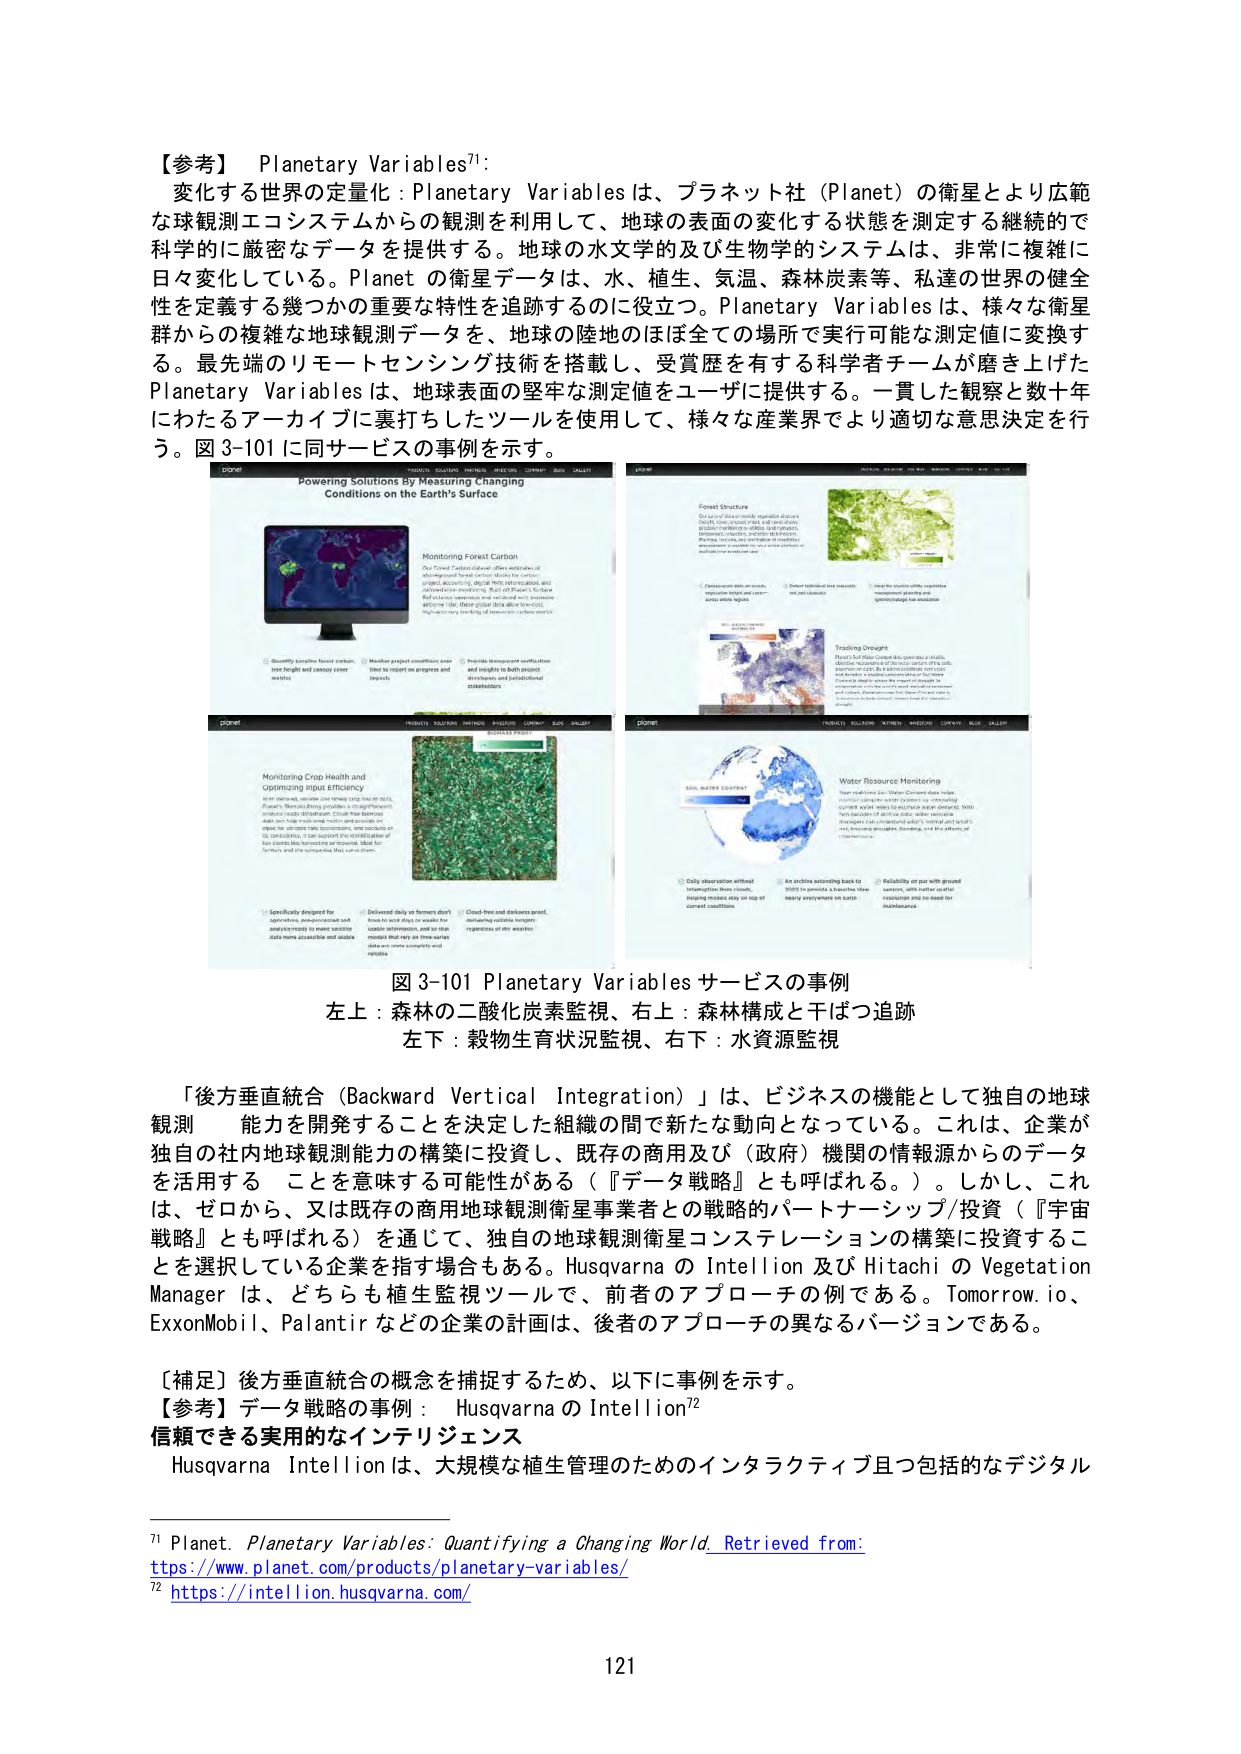
【参考】 Planetary Variables⁷¹:
変化する世界の定量化：Planetary Variables は、プラネット社（Planet）の衛星とより広範な球観測エコシステムからの観測を利用して、地球の表面の変化する状態を測定する継続的で科学的に厳密なデータを提供する。地球の水文学的及び生物学的システムは、非常に複雑に日々変化している。Planet の衛星データは、水、植生、気温、森林炭素等、私達の世界の健全性を定義する幾つかの重要な特性を追跡するのに役立つ。Planetary Variables は、様々な衛星群からの複雑な地球観測データを、地球の陸地のほぼ全ての場所で実行可能な測定値に変換する。最先端のリモートセンシング技術を搭載し、受賞歴を有する科学者チームが磨き上げた Planetary Variables は、地球表面の堅牢な測定値をユーザに提供する。一貫した観察と数十年にわたるアーカイブに裏打ちしたツールを使用して、様々な産業界でより適切な意思決定を行う。図 3-101 に同サービスの事例を示す。

planet
PRODUCTS SOLUTIONS PARTNERS INVESTORS COMPANY BLOG GALLERY
Powering Solutions By Measuring Changing Conditions on the Earth's Surface

Monitoring Forest Carbon
Our Forest Carbon dataset offers estimates of aboveground forest carbon stocks for entire project boundaries, derived from high-resolution, and automated monitoring. Part of Planet’s Global Biobalance initiative and validated with extensive ground data, these global data allow precise, high-accuracy tracking of forest carbon stocks.

Quantify baseline forest carbon
stock height and canopy cover
metrics
Monitor project conditions over
time to report on progress and
impacts
Provide transparent verification
and insights to both project
developers and jurisdictional
stakeholders

planet
PRODUCTS SOLUTIONS PARTNERS INVESTORS COMPANY BLOG GALLERY
Forest Structure
Our suite of data provides vegetation structure insights, including canopy height, leaf area index, proportion of canopy in shadow, and vegetation productivity. These data are useful for monitoring forest health, assessing carbon stocks, and understanding ecosystem dynamics.

Characterize sites on multiple
vegetation layers and cover
areas with canopy
Detect individual tree canopies
and tree chemistry
Identify species using vegetation
spectral signatures and
species-specific tree structure

planet
PRODUCTS SOLUTIONS PARTNERS INVESTORS COMPANY BLOG GALLERY
Monitoring Crop Health and Optimizing Input Efficiency
In an ideal world, agriculture would be precise, efficient, and sustainable. Planet’s Monitoring Crop Health and Optimizing Input Efficiency solution provides a straightforward, scalable, and cost-effective way to monitor crop health and optimize inputs. With data from Planet’s high-resolution satellite imagery, this solution can help farmers and agribusinesses make better decisions about planting, fertilizing, and harvesting.

Specifically designed for
agriculture, pre-processed and
analyzed imagery to make satellite
data more accessible and usable
Delivered daily or farmers don’t
have to wait days or weeks for
usable information, and so that
models that rely on time-series
data are more complete and
reliable
Cloud-free and dust-free,
delivering reliable insights
regardless of site weather

planet
PRODUCTS SOLUTIONS PARTNERS INVESTORS COMPANY BLOG GALLERY
Tracking Drought
Planet’s Soil Water Content data provides a reliable, objective measure of soil moisture across the globe. This data is useful for monitoring drought conditions, assessing crop stress, and understanding water availability. With this data, farmers, water managers, and policymakers can make better decisions about irrigation, water allocation, and drought response.

Water Resource Monitoring
Our Soil Water Content data helps monitor changes in water content for estimating current water availability and predicting future water availability. With this data, we can monitor droughts, track groundwater levels, and assess water stress in crops and ecosystems.

Daily observation without
interruption from clouds,
ensuring models stay on top of
current conditions
An archive extending back to
2015 to provide a baseline for
many ecosystems on Earth
Reliability of our with-ground
sensors, with higher spatial
resolution and no need for
maintenance

図 3-101 Planetary Variables サービスの事例
左上：森林の二酸化炭素監視、右上：森林構成と干ばつ追跡
左下：穀物生育状況監視、右下：水資源監視

「後方垂直統合（Backward Vertical Integration）」は、ビジネスの機能として独自の地球観測能力を開発することを決定した組織の間で新たな動向となっている。これは、企業が独自の社内地球観測能力の構築に投資し、既存の商用及び（政府）機関の情報源からのデータを活用することを意味する可能性がある（『データ戦略』とも呼ばれる。）。しかし、これは、ゼロから、又は既存の商用地球観測衛星事業者との戦略的パートナーシップ/投資（『宇宙戦略』とも呼ばれる）を通じて、独自の地球観測衛星コンステレーションの構築に投資することを選択している企業を指す場合もある。Husqvarna の Intellion 及び Hitachi の Vegetation Manager は、どちらも植生監視ツールで、前者のアプローチの例である。Tomorrow.io、ExxonMobil、Palantir などの企業の計画は、後者のアプローチの異なるバージョンである。

【補足】後方垂直統合の概念を捕捉するため、以下に事例を示す。
【参考】データ戦略の事例： Husqvarna の Intellion⁷²
信頼できる実用的なインテリジェンス
Husqvarna Intellion は、大規模な植生管理のためのインタラクティブ且つ包括的なデジタル

⁷¹ Planet. Planetary Variables: Quantifying a Changing World. Retrieved from:
https://www.planet.com/products/planetary-variables/
⁷² https://intellion.husqvarna.com/

121